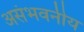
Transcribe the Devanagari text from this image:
असंभवनीय